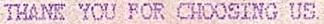
THANK YOU FOR CHOOSING US.